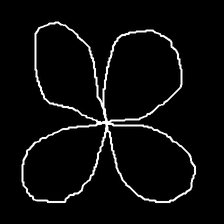
Glyph: billowing